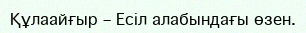
Құлаайғыр – Есіл алабындағы өзен.